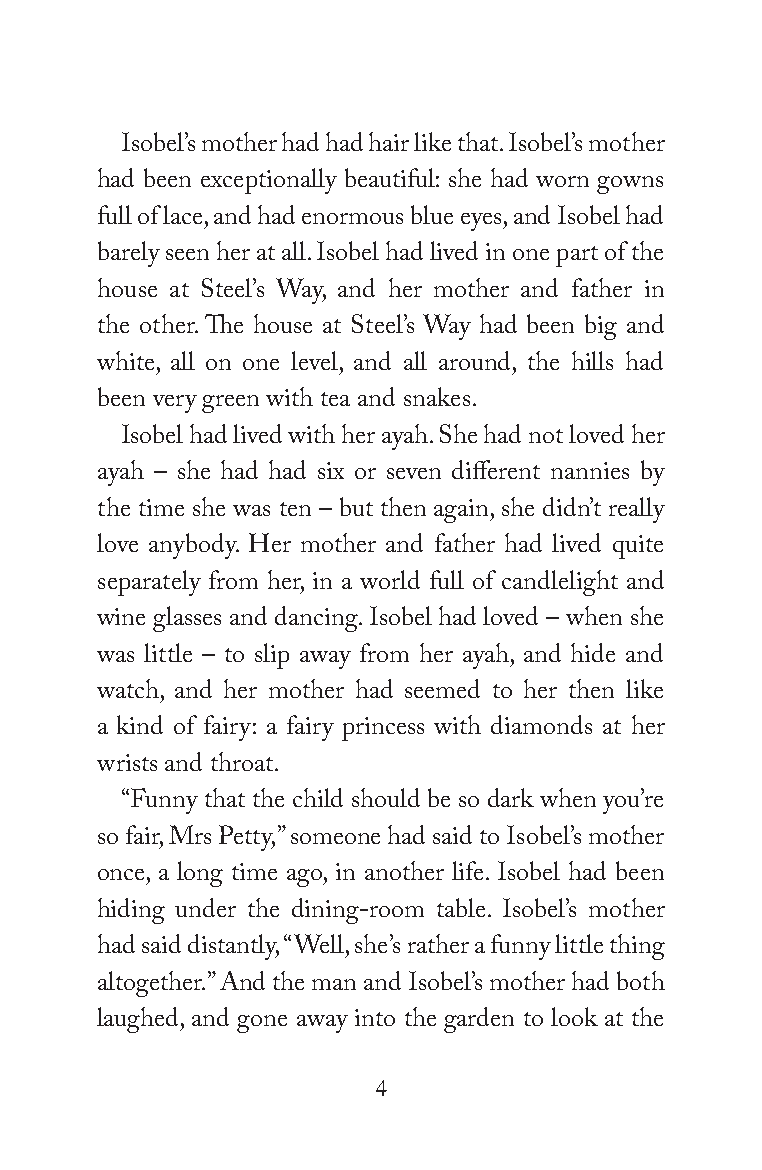
Isobel’s mother had had hair like that. Isobel’s mother
 had been exceptionally beautiful: she had worn gowns
 full of lace, and had enormous blue eyes, and Isobel had
 barely seen her at all. Isobel had lived in one part of the
 house at Steel’s Way, and her mother and father in
 the other. The house at Steel’s Way had been big and
 white, all on one level, and all around, the hills had
 been very green with tea and snakes.
 Isobel had lived with her ayah. She had not loved her
 ayah – she had had six or seven different nannies by
 the time she was ten – but then again, she didn’t really
 love anybody. Her mother and father had lived quite
 separately from her, in a world full of candlelight and
 wine glasses and dancing. Isobel had loved – when she
 was little – to slip away from her ayah, and hide and
 watch, and her mother had seemed to her then like
 a kind of fairy: a fairy princess with diamonds at her
 wrists and throat.
 “Funny that the child should be so dark when you’re
 so fair, Mrs Petty,” someone had said to Isobel’s mother
 once, a long time ago, in another life. Isobel had been
 hiding under the dining-room table. Isobel’s mother
 had said distantly, “Well, she’s rather a funny little thing
 altogether.” And the man and Isobel’s mother had both
 laughed, and gone away into the garden to look at the
 4